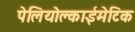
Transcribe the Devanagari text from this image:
पेलियोक्लाईमेटिक